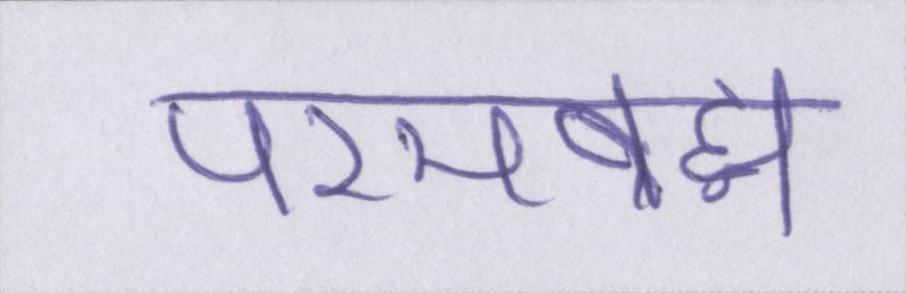
परमब्रह्म